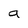
Character: a